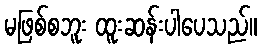
မဖြစ်စဘူး ထူးဆန်းပါပေသည်။